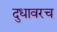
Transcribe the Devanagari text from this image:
दुधावरच